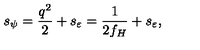
s _ { \psi } = \frac { q ^ { 2 } } { 2 } + s _ { \varepsilon } = \frac { 1 } { 2 f _ { H } } + s _ { \varepsilon } ,